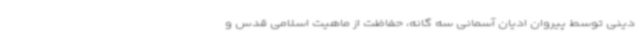
دینی توسط پیروان ادیان آسمانی سه گانه، حفاظت از ماهیت اسلامی قدس و